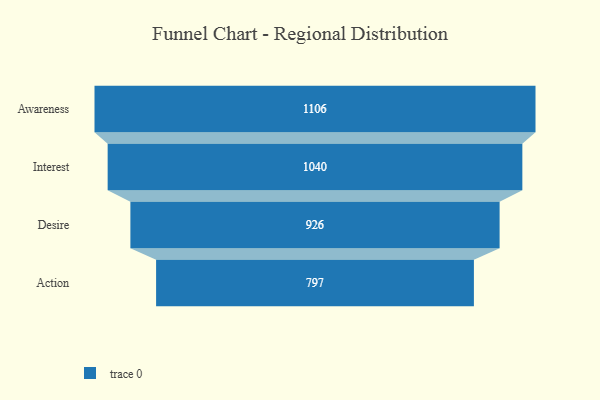
{"axis": {"x": "Stage", "y": "Value"}, "legend": [""], "data": [{"x": "Awareness", "y": 1106.0, "type": ""}, {"x": "Interest", "y": 1040.0, "type": ""}, {"x": "Desire", "y": 926.0, "type": ""}, {"x": "Action", "y": 797.0, "type": ""}]}